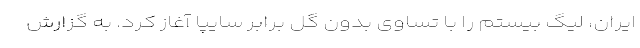
ایران، لیگ بیستم را با تساوی بدون گل برابر سایپا آغاز کرد. به گزارش